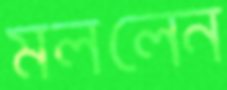
মললেন